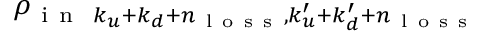
\rho _ { \mathrm { ~ i ~ n ~ } ~ k _ { u } + k _ { d } + n _ { \mathrm { ~ l ~ o ~ s ~ s ~ } } , k _ { u } ^ { \prime } + k _ { d } ^ { \prime } + n _ { \mathrm { ~ l ~ o ~ s ~ s ~ } } }